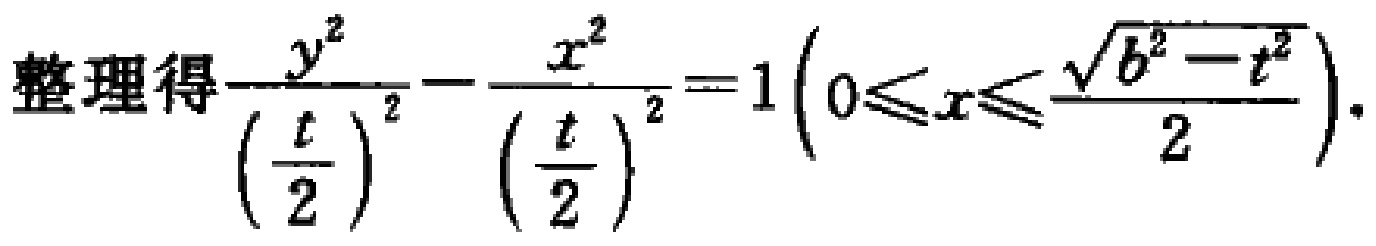
整理得$\frac{y^{2}}{\left(\frac{t}{2}\right)^{2}}-\frac{x^{2}}{\left(\frac{t}{2}\right)^{2}} = 1\left(0\leqslant x\leqslant\frac{\sqrt{b^{2}-t^{2}}}{2}\right)$.